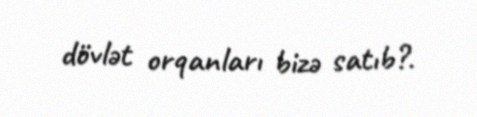
dövlət orqanları bizə satıb?.